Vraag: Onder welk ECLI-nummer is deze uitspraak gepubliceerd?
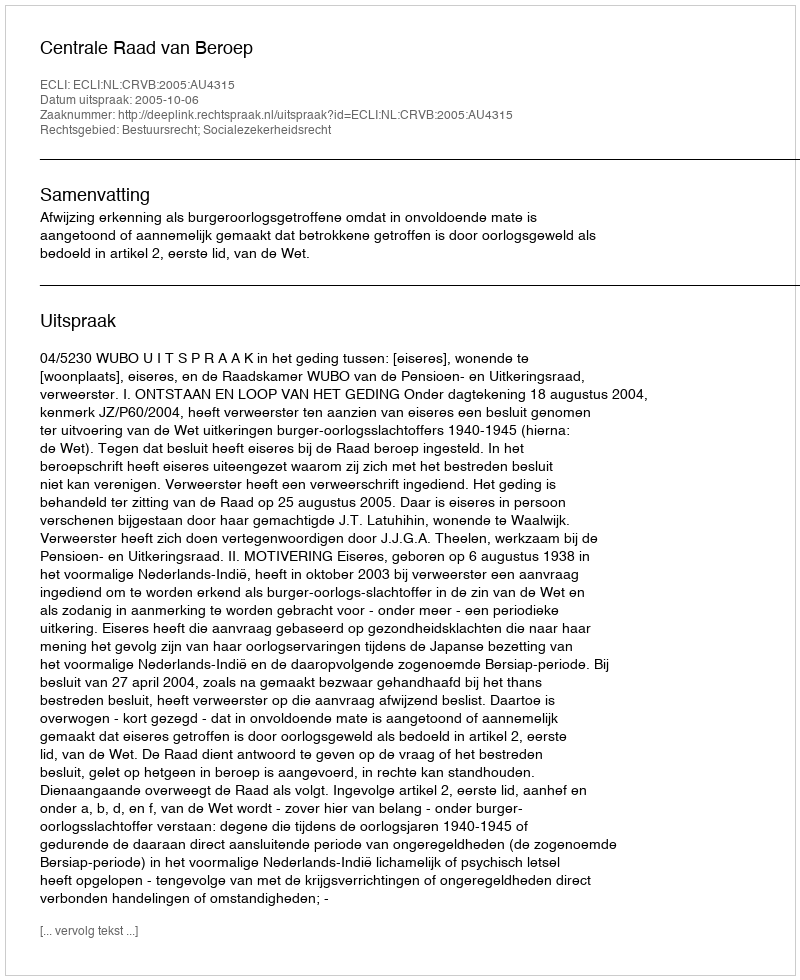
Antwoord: ECLI:NL:CRVB:2005:AU4315